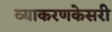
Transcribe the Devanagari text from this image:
व्याकरणकेसरी